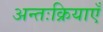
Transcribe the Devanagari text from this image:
अन्तःक्रियाएँ